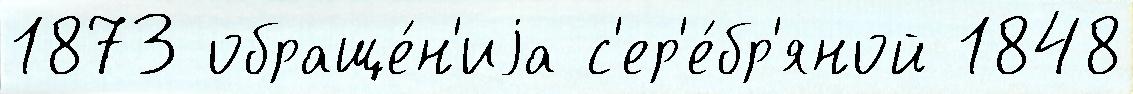
1873 обраще́н'иjа с'ер'е́бр'яной 1848